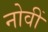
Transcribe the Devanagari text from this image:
नोवीं